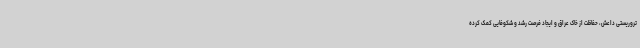
تروریستی داعش، حفاظت از خاک عراق و ایجاد فرصت رشد و شکوفایی کمک کرده